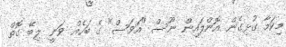
މިކަމާ ގުޅިގެން އޮންލައިން ނޫސް "އަވަސް" ގެ ބަހެއް ވަނީ ލިބޭ ގޮތް